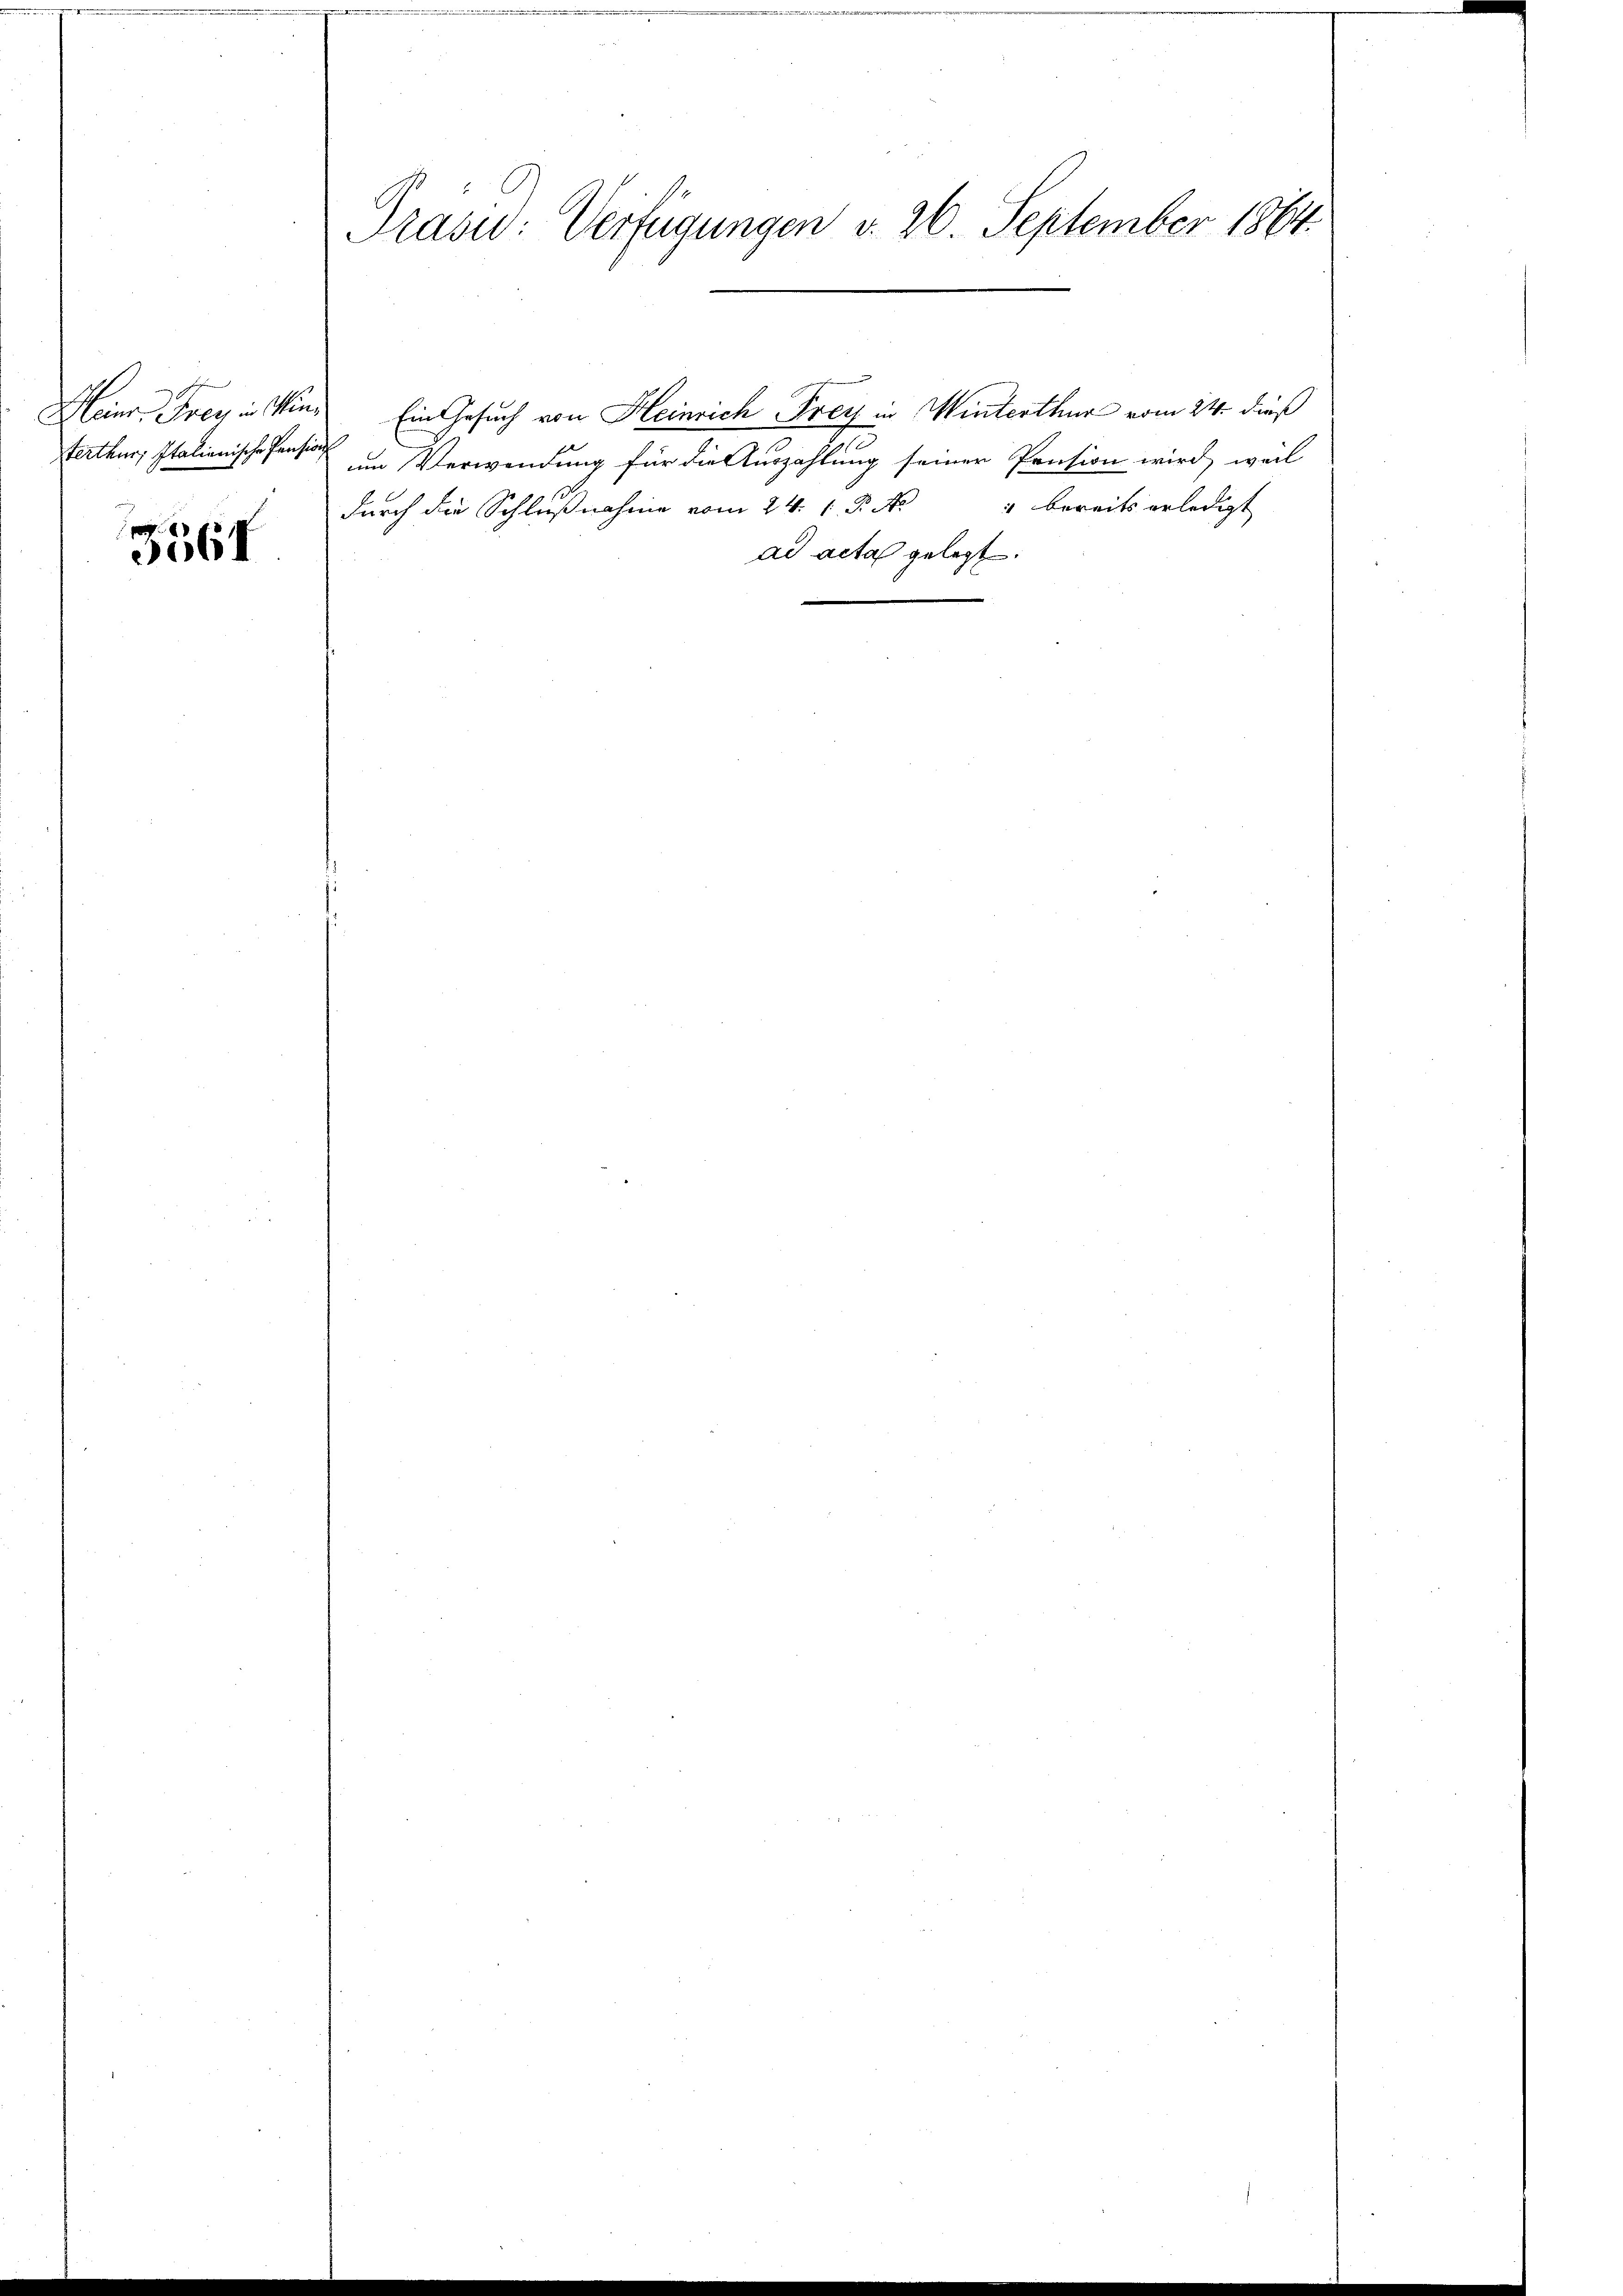
Heinr. Frey in Winterthur; Italienische Pension

3567

Präsid: Verfügungen v. 26. September 1864.

Ein Gesuch von Heinrich Frey in Winterthur vom 24. dieß
um Verwendung für die Auszahlung seiner Pension wird, weil
durch die Schlußnahme vom 24. 1. P. No 4 bereits erledigt
ad acta gelegt.